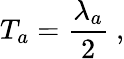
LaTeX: T_{a}={\frac{\lambda_{a}}{2}}~,